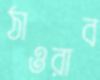
ঠাওরাব